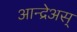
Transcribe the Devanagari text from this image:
आन्द्रेअस्